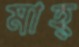
মাহ্